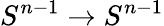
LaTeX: S^{n-1}\to S^{n-1}